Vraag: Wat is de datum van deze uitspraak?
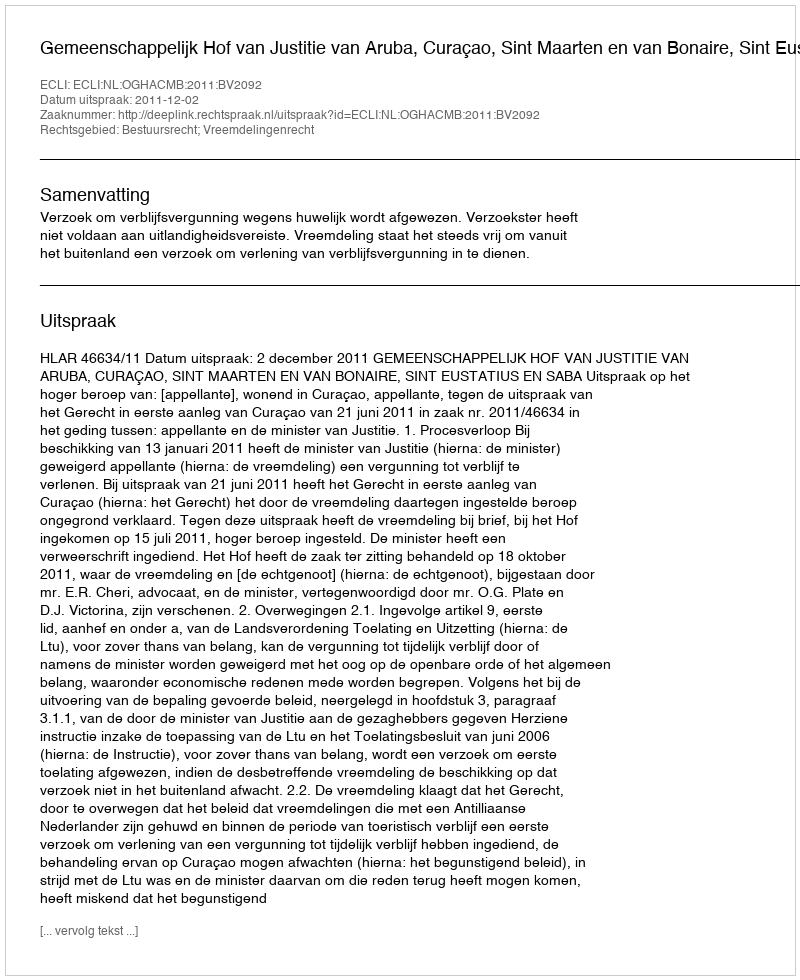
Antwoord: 2011-12-02